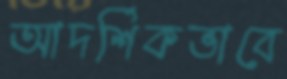
আদর্শিকভাবে